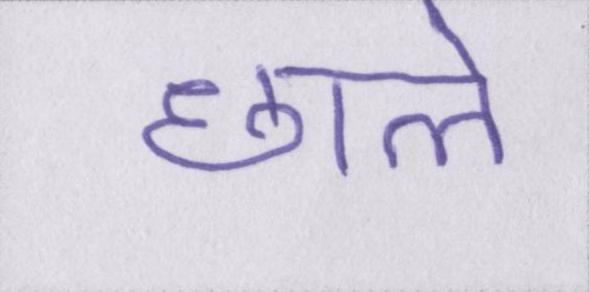
छाले